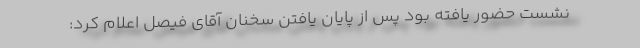
نشست حضور یافته بود پس از پایان یافتن سخنان آقای فیصل اعلام کرد: